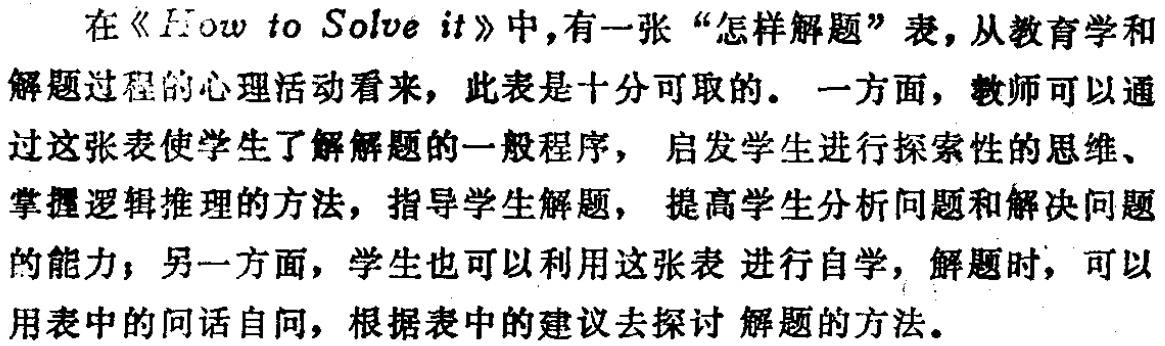
在《How to Solve it》中,有一张“怎样解题”表,从教育学和

解题过程的心理活动看来, 此表是十分可取的。 一方面, 教师可以通

过这张表使学生了解解题的一般程序, 启发学生进行探索性的思维、

掌握逻辑推理的方法, 指导学生解题, 提高学生分析问题和解决问题

的能力；另一方面, 学生也可以利用这张表 进行自学, 解题时, 可以

用表中的问话自问, 根据表中的建议去探讨 解题的方法。